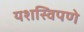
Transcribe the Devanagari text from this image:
यशस्विपणे